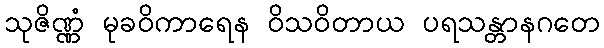
သုဇိဏ္ဏံ မုခဝိကာရေန ဝိသဝိတာယ ပရသန္တာနဂတေ